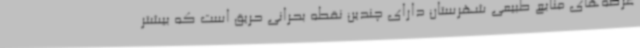
عرصه‌های منابع طبیعی شهرستان دارای چندین نقطه بحرانی حریق است که بیشتر